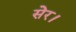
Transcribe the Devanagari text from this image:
सेर।